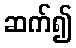
ဆက်၍